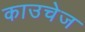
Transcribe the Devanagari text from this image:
काउचेज